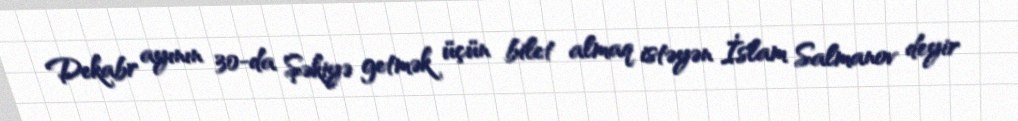
Dekabr ayının 30-da Şəkiyə getmək üçün bilet almaq istəyən İslam Salmanov deyir